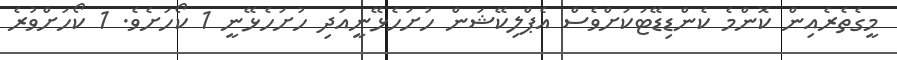
މީގެތެރެއިން ކޮންމެ ކެންޑިޑޭޓަކަށްވެސް އެޕްލިކޭޝަން ހުށަހެޅޭނީއަދި ހުށަހެޅޭނީ 1 ކޯހަށެވެ. 1 ކޯހަށްވުރެ